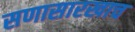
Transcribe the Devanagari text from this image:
सणासारखाच